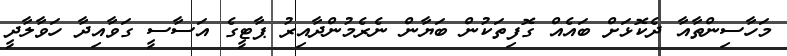
މަހާސިންތާއާ ދެކޮޅަށް ބައެއް ގޮފިތަކުން ބަޔާން ނެރެމުންދާއިރު ޕާޓީގެ އަސާސީ ގަވާއިދާ ހަވާލާދީ